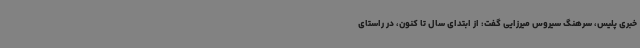
خبری پلیس، سرهنگ سیروس میرزایی گفت: از ابتدای سال تا کنون، در راستای